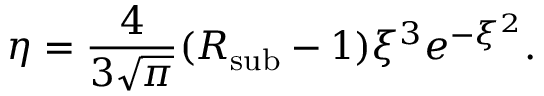
\eta = \frac { 4 } { 3 \sqrt { \pi } } ( R _ { \mathrm { \mathrm { s u b } } } - 1 ) \xi ^ { 3 } e ^ { - \xi ^ { 2 } } .